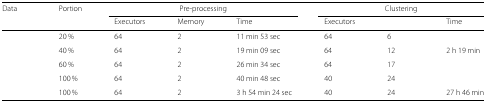
<table><thead><tr><td><b>Data</b></td><td><b>Portion</b></td><td colspan="3"><b>Pre-processing</b></td><td colspan="3"><b>Clustering</b></td></tr><tr><td>[EMPTY_CELL]</td><td>[EMPTY_CELL]</td><td><b>Executors</b></td><td><b>Memory</b></td><td><b>Time</b></td><td><b>Executors</b></td><td>[EMPTY_CELL]</td><td><b>Time</b></td></tr></thead><tbody><tr><td>[EMPTY_CELL]</td><td>20 %</td><td>64</td><td>2</td><td>11 min 53 sec</td><td>64</td><td>6</td><td>[EMPTY_CELL]</td></tr><tr><td>[EMPTY_CELL]</td><td>40 %</td><td>64</td><td>2</td><td>19 min 09 sec</td><td>64</td><td>12</td><td>2 h 19 min</td></tr><tr><td>[EMPTY_CELL]</td><td>60 %</td><td>64</td><td>2</td><td>26 min 34 sec</td><td>64</td><td>17</td><td>[EMPTY_CELL]</td></tr><tr><td>[EMPTY_CELL]</td><td>100 %</td><td>64</td><td>2</td><td>40 min 48 sec</td><td>40</td><td>24</td><td>[EMPTY_CELL]</td></tr><tr><td>[EMPTY_CELL]</td><td>100 %</td><td>64</td><td>2</td><td>3 h 54 min 24 sec</td><td>40</td><td>24</td><td>27 h 46 min</td></tr></tbody></table>